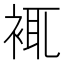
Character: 𧚊